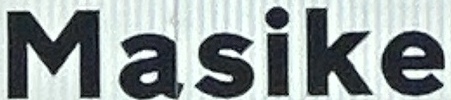
Masike